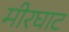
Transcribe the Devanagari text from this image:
मीरघाट